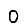
Digit: 0